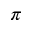
\pi